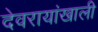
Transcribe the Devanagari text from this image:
देवरायांखाली